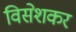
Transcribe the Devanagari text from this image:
विसेशकर